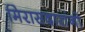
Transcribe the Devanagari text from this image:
मिरासदारांनो